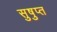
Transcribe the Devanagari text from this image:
सुषुप्‍त